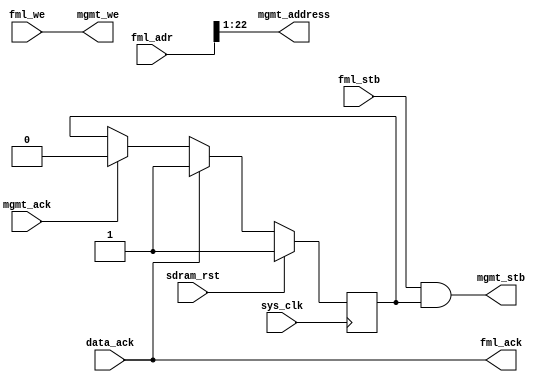
module hpdmc_busif #(
	parameter sdram_depth = 23
) (
	input sys_clk,
	input sdram_rst,
	
	input [sdram_depth-1:0] fml_adr,
	input fml_stb,
	input fml_we,
	output fml_ack,
	
	output mgmt_stb,
	output mgmt_we,
	output [sdram_depth-1-1:0] mgmt_address, /* in 16-bit words */
	input mgmt_ack,
	
	input data_ack
);

reg mgmt_stb_en;

assign mgmt_stb = fml_stb & mgmt_stb_en;
assign mgmt_we = fml_we;
assign mgmt_address = fml_adr[sdram_depth-1:1];

assign fml_ack = data_ack;

always @(posedge sys_clk) begin
	if(sdram_rst)
		mgmt_stb_en = 1'b1;
	else begin
		if(mgmt_ack)
			mgmt_stb_en = 1'b0;
		if(data_ack)
			mgmt_stb_en = 1'b1;
	end
end

endmodule